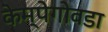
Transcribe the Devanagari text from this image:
केम्पेगोवडा